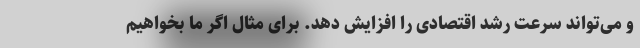
و می‌تواند سرعت رشد اقتصادی را افزایش دهد. برای مثال اگر ما بخواهیم